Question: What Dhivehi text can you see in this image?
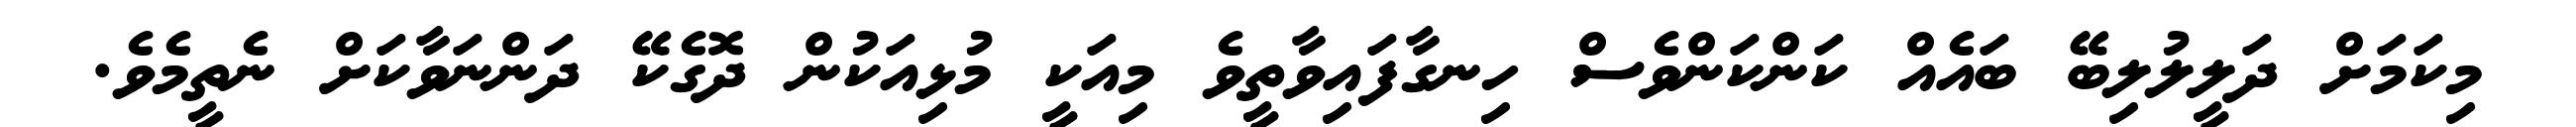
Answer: މިކަމަށް ދަލީލުލިބޭ ބައެއް ކަންކަންވެސް ހިނގާފައިވާތީވެ މިއަކީ މުޅިއަކުން ދޮގެކޭ ދަންނަވާކަށް ނެތީމެވެ.